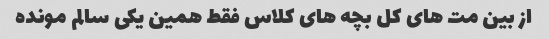
از بین مت های کل بچه های کلاس فقط همین یکی سالم مونده